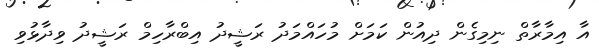
އާ އިމާރާތް ނިމިގެން ދިއުން ކަމަށް މުހައްމަދު ރަޝީދު އިބްރާހިމް ރަޝީދު ވިދާޅުވި